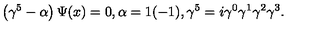
\left( \gamma ^ { 5 } - \alpha \right) \Psi ( x ) = 0 , \alpha = 1 ( - 1 ) , \gamma ^ { 5 } = i \gamma ^ { 0 } \gamma ^ { 1 } \gamma ^ { 2 } \gamma ^ { 3 } .